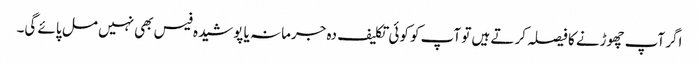
اگر آپ چھوڑنے کا فیصلہ کرتے ہیں تو آپ کو کوئی تکلیف دہ جرمانہ یا پوشیدہ فیس بھی نہیں مل پائے گی۔